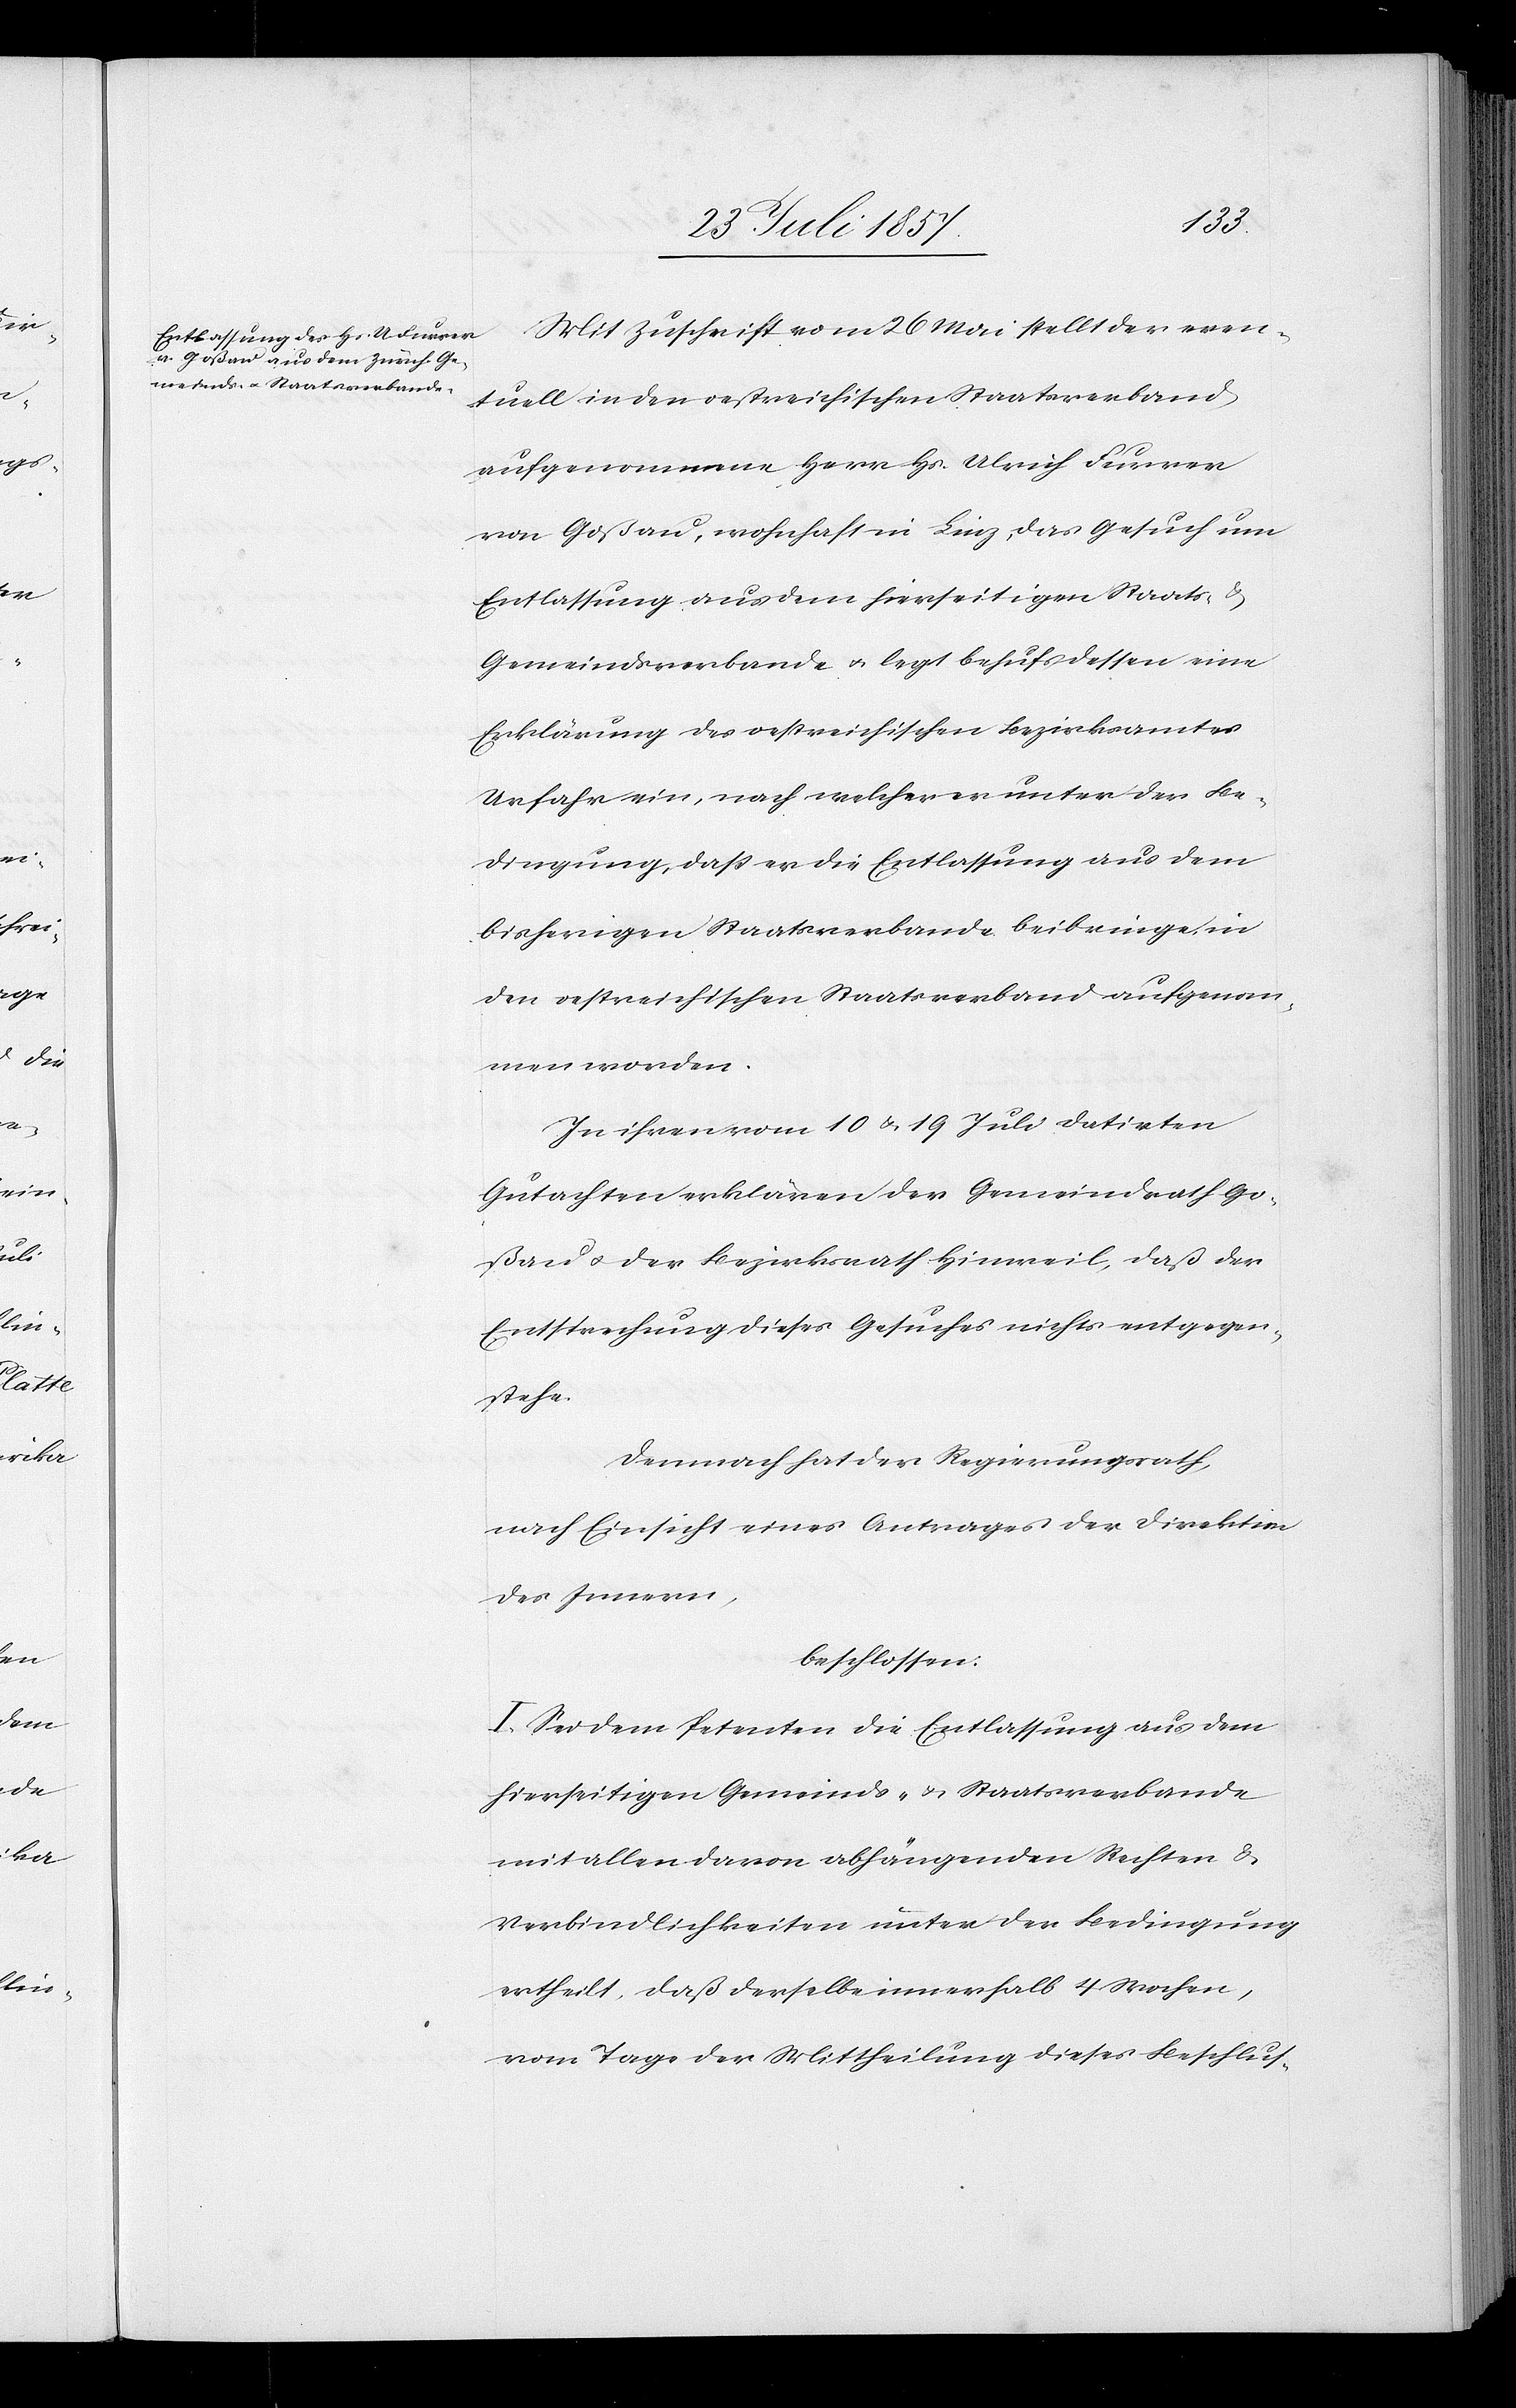
Mit Zuschrift vom 26 Mai stellt der even¬
tuell in den oestreichischen Staatsverband
aufgenommene Herr Hs. Ulrich Furrer
von Goßau, wohnhaft in Linz, das Gesuch um
Entlassung aus dem hierseitigem Staats- &
Gemeindsverbande & legt behufs dessen eine
Erklärung des oestreichischen Bezirksamtes
Urfahr ein, nach welcher er unter der Be¬
dingung, daß er die Entlassung aus dem
bisherigen Staatsverbande beibringe, in
den oestreichischen Staatsverband aufgenom¬
men worden.
In ihren vom 10 & 19 Juli datirten
Gutachten erklären der Gemeindrath Go¬
ßau & der Bezirksrath Hinweil, daß der
Entsprechung dieses Gesuches nichts entgegen¬
stehe.
Demnach hat der Regierungsrath,
nach Einsicht eines Antrages der Direktion
des Innern,
beschlossen:
I. Sei dem Petenten die Entlassung aus dem
hierseitigen Gemeinds- & Staatsverbande
mit allen davon abhängenden Rechten &
Verbindlichkeiten unter der Bedingung
ertheilt, daß derselbe innerhalb 4 Wochen,
vom Tage der Mittheilung dieses Beschlus-